Report on sanitation, dispensaries, and jails in Rajputana for 1911, and on vaccination for the year 1911-1912 - 1911-1912
Year: 1911
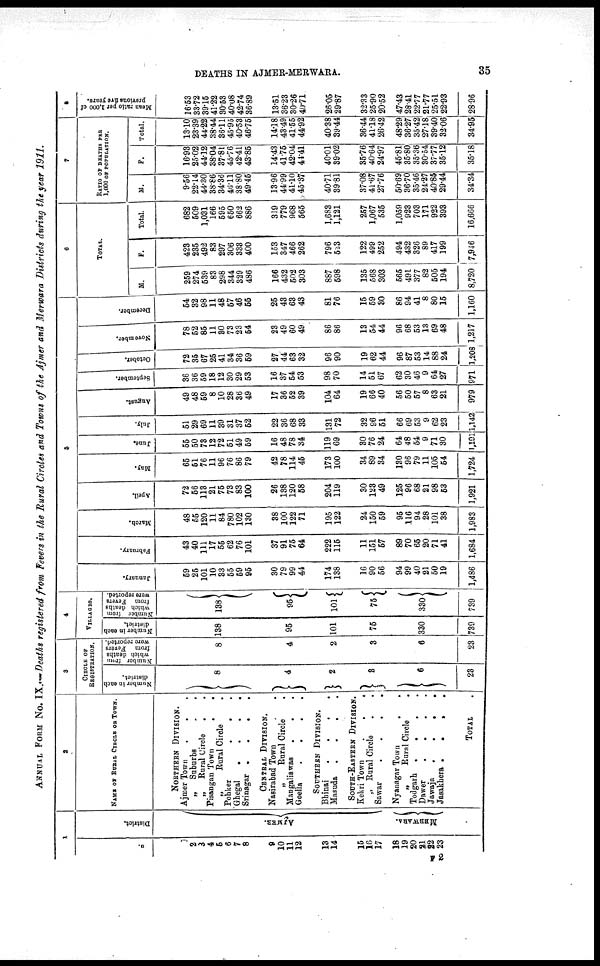
DEATHS IN AJMER-MERWARA.
35
ANNUAL FROM No. IX.— Deaths registered from Fevers in the Rural Circles and Towns of the Ajmer and Merwara Districts during the year 1911.
1
No.
1
2
3
4
5
6
7
8
9
10
11
12
13
14
15
16
17
18
19
20
21
22
23
District.
AJMER.
MERWARA.
2
NAME OF RURAL CIRCLE OR TOWN.
NORTHERN DIVISION.
Ajmer Town . . .
„
Suburbs . .
„
Rural Circle
. .
Pisangan Town
.
.
„
Rural Circle .
Pohker
.
. .
Ghegal
.
.
.
.
Srinagar .
.
.
.
CENTRAL DIVISION.
Nasirabad Town .
„
Rural Circle .
Mangaliawas
.
. .
Goella
.
.
.
.
SOUTHERN DIVISION.
Bhinai
.
.
.
.
Masuda
.
.
.
.
SOUTH-EASTERN DIVISION.
Kekri Town
.
.
.
„ Rural Circle . .
Sawar
.
.
.
.
Nyanagar Town
.
.
„
Rural Circle
.
Todgarh .
.
.
.
Dawer
.
.
.
.
Jawaja
.
.
.
.
Jasakhera .
.
.
.
TOTAL .
3
CIRCLE OF
REGISTRATION.
Number in each
district.
8
4
2
3
6
23
Number from
which deaths
from Fevers
were reported.
8
4
2
3
6
23
4
VILLAGES.
Number in each
district.
138
95
101
75
330
739
Number from
which deaths
from Fevers
were reported.
138
95
101
75
330
739
5
January.
59
25
101
10
33
55
59
95
30
79
99
44
174
138
16
90
56
94
99
40
21
50
19
1,486
February.
43
40
111
17
55
62
76
101
37
91
75
64
222
115
11
151
57
89
70
65
20
71
41
1,684
March.
48
55
120
11
84
780
102
130
38
100
122
71
195
122
24
150
59
95
116
94
28
101
38
1,983
April.
72
56
113
21
75
73
83
100
26
138
120
58
204
119
30
123
49
125
96
68
21
98
53
1,921
May.
65
51
76
11
96
76
86
79
42
78
114
45
173
100
34
89
34
130
96
79
11
105
54
1,724
June.
55
50
73
12
72
51
49
59
16
48
78
34
119
69
30
76
24
64
48
54
9
71
30
1,101
July.
51
29
69
11
39
31
37
52
22
36
68
33
131
72
32
96
51
66
69
53
9
62
23
1,142
August.
49
48
59
8
10
28
36
49
17
36
52
39
104
64
19
66
40
56
50
57
8
63
21
979
September.
36
36
59
18
12
30
29
53
16
37
54
53
98
70
14
51
67
62
30
46
9
64
27
971
October.
72
35
67
25
41
34
36
59
27
44
63
32
96
90
19
62
44
96
87
53
14
88
24
1,208
November.
78
52
85
11
30
73
23
54
23
49
60
49
86
86
13
54
44
96
68
53
13
69
48
1,217
December.
54
32
98
11
48
57
46
55
25
43
63
43
81
76
15
59
30
86
94
41
8
80
15
1,160
6
TOTAL.
M.
259
274
539
83
298
344
329
486
166
432
502
303
887
598
135
568
303
565
491
377
82
505
194
8,720
F.
423
235
492
83
297
306
333
400
153
347
466
262
796
523
122
499
252
494
432
326
89
417
199
7,946
Total.
682
509
1,031
166
595
650
662
886
319
779
968
565
1,683
1,121
257
1,067
535
1,059
923
703
171
922
393
16,666
7
RATIO OF DEATHS PER
1,000 OF POPULATION.
M.
9.56
22.14
44.30
38.86
34.36
46.11
38.80
49.45
13.96
44.99
41.10
45.37
40.71
39.81
37.08
41.67
27.76
50.69
36.70
35.46
24.27
40.85
29.44
34.34
F.
16.93
25.02
44.12
38.04
37.81
45.76
42.41
43.85
14.43
41.75
42.04
41.41
40.01
39.02
35.76
40.64
24.97
45.81
35.80
35.36
30.54
37.77
35.12
35.18
Total.
13.10
23.39
44.22
38.44
36.11
45.95
40.53
46.75
14.18
43.49
41.55
44.92
40.38
39.44
36.44
41.18
26.42
48.29
36.27
35.42
27.18
39.40
32.06
34.95
8
Mean ratio per 1,000 of
previous five years.
16.53
33.72
39.15
41.22
30.53
40.08
42.74
36.89
13.51
36.23
30.26
40.71
26.05
29.87
32.33
25.90
20.52
47.43
28.41
22.77
121.77
25.51
22.93
28.96
F2